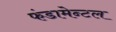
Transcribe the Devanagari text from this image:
फंडामेन्टल